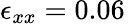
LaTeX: \epsilon_{xx}=0.06\